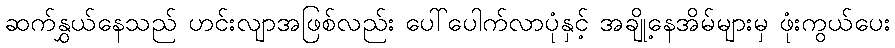
ဆက်နွှယ်နေသည် ဟင်းလျာအဖြစ်လည်း ပေါ်ပေါက်လာပုံနှင့် အချို့နေအိမ်များမှ ဖုံးကွယ်ပေး